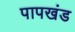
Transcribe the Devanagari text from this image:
पापखंड